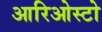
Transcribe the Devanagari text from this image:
आरिओस्टो